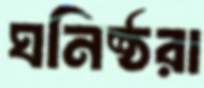
ঘনিষ্ঠরা